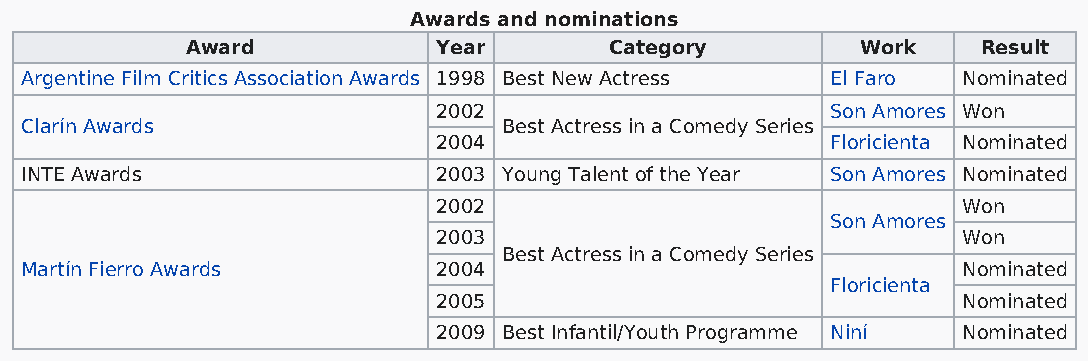
Awards and nominations
 Award            Year       Category         Work    Result
 Argentine Film Critics Association Awards 1998 Best New Actress El Faro Nominated
 2002                      Son Amores Won
 Clarín Awards                   Best Actress in a Comedy Series
 2004                      Floricienta Nominated
 INTE Awards                 2003 Young Talent of the Year Son Amores Nominated
 2002                               Won
 Son Amores
 2003                               Won
 Best Actress in a Comedy Series
 Martín Fierro Awards        2004                               Nominated
 Floricienta
 2005                               Nominated
 2009 Best Infantil/Youth Programme Niní Nominated